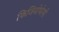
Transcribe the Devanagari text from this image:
फिजियोथेरपी